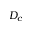
D _ { c }